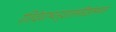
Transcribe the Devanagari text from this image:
रंतिदेवाभ्यनुज्ञातमग्निष्टोमफलं